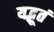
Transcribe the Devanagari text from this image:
यद्भूतं